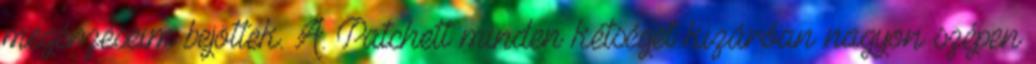
megérzéseim bejöttek. A. Patchett minden kétséget kizáróan nagyon szépen